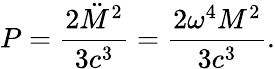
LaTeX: P=\frac{2\ddot{M}^{2}}{3c^{3}}=\frac{2\omega^{4}M^{2}}{3c^{3}}.